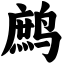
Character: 鹧